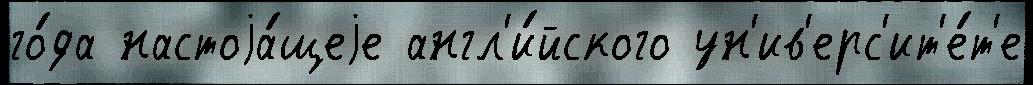
го́да настоjа́щеjе англ'и́йского ун'ив'ерс'ит'е́т'е